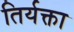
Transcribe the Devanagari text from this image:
तिर्यक्ता